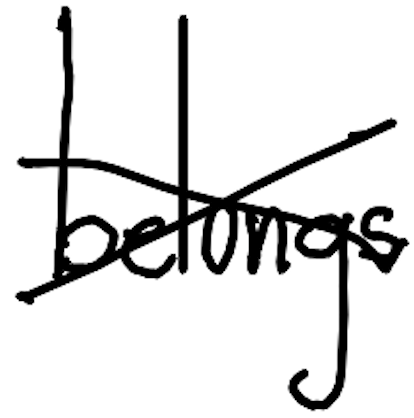
Text: belongs
Cross-out: cross
Writing tool: digital_black